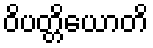
ဝိပတ္တိယောတိ